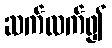
ဆက်လက်၍